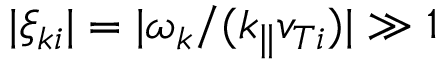
| \xi _ { k i } | = | \omega _ { k } / ( k _ { \parallel } v _ { T i } ) | \gg 1